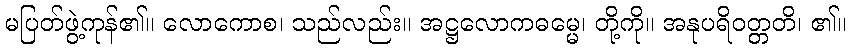
မပြတ်ဖွဲ့ကုန်၏။ လောကောစ၊ သည်လည်း။ အဋ္ဌလောကဓမ္မေ၊ တို့ကို။ အနုပရိဝတ္တတိ၊ ၏။